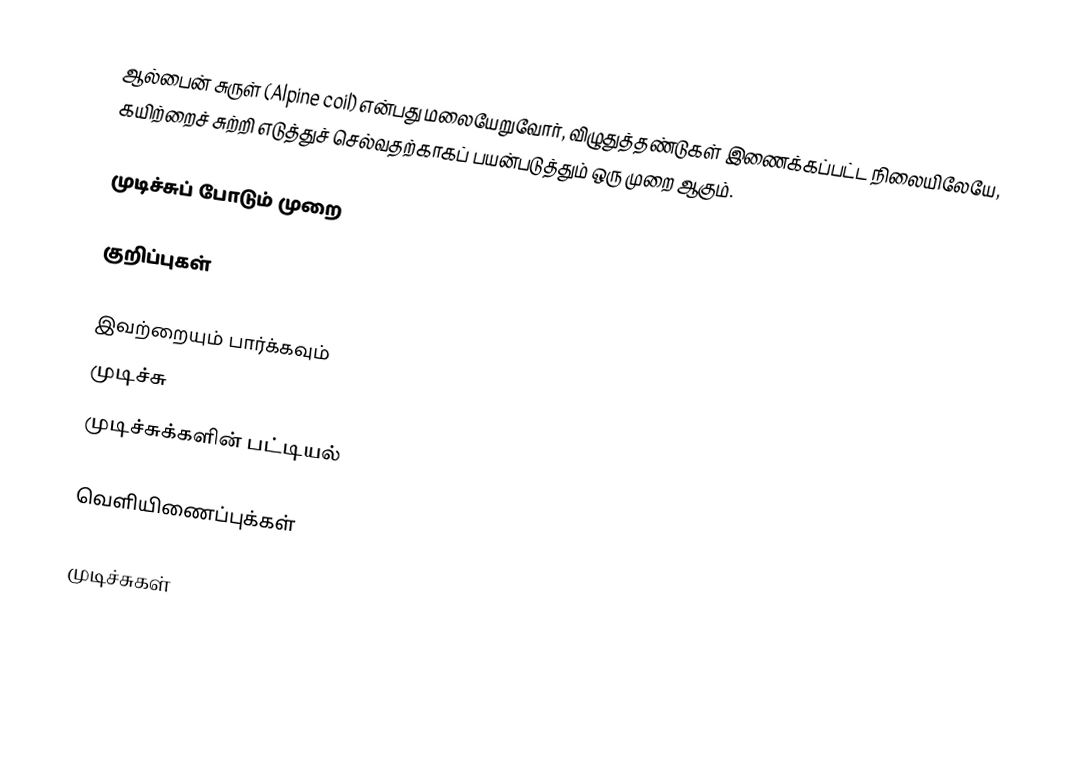
ஆல்பைன் சுருள் (Alpine coil) என்பது மலையேறுவோர், விழுதுத்தண்டுகள் இணைக்கப்பட்ட நிலையிலேயே, கயிற்றைச் சுற்றி எடுத்துச் செல்வதற்காகப் பயன்படுத்தும் ஒரு முறை ஆகும்.

முடிச்சுப் போடும் முறை

குறிப்புகள்

இவற்றையும் பார்க்கவும்
 முடிச்சு
 முடிச்சுக்களின் பட்டியல்

வெளியிணைப்புக்கள்

முடிச்சுகள்